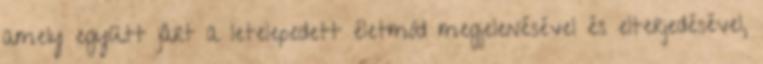
amely együtt járt a letelepedett életmód megjelenésével és elterjedésével,